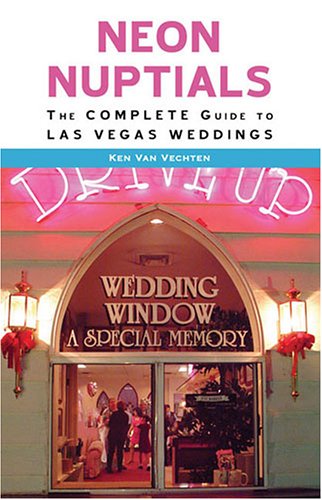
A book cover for Neon Nuptials: The Complete Guide to Las Vegas Weddings; Ken Van Vechten; Travel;